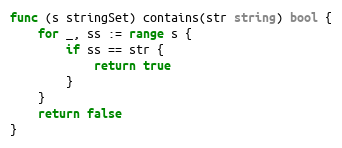
Language: Go
func (s stringSet) contains(str string) bool {
	for _, ss := range s {
		if ss == str {
			return true
		}
	}
	return false
}